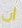
ان